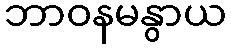
ဘာဝနမနွာယ